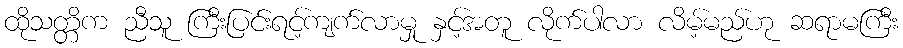
ထိုသတ္တိက ညီသူ ကြီးပြင်းရင့်ကျက်လာမှု နှင့်အတူ လိုက်ပါလာ လိမ့်မည်ဟု ဆရာမကြီး